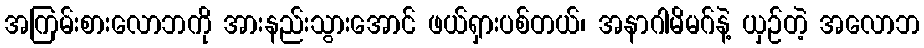
အကြမ်းစားလောဘကို အားနည်းသွားအောင် ဖယ်ရှားပစ်တယ်၊ အနာဂါမိမဂ်နဲ့ ယှဉ်တဲ့ အလောဘ